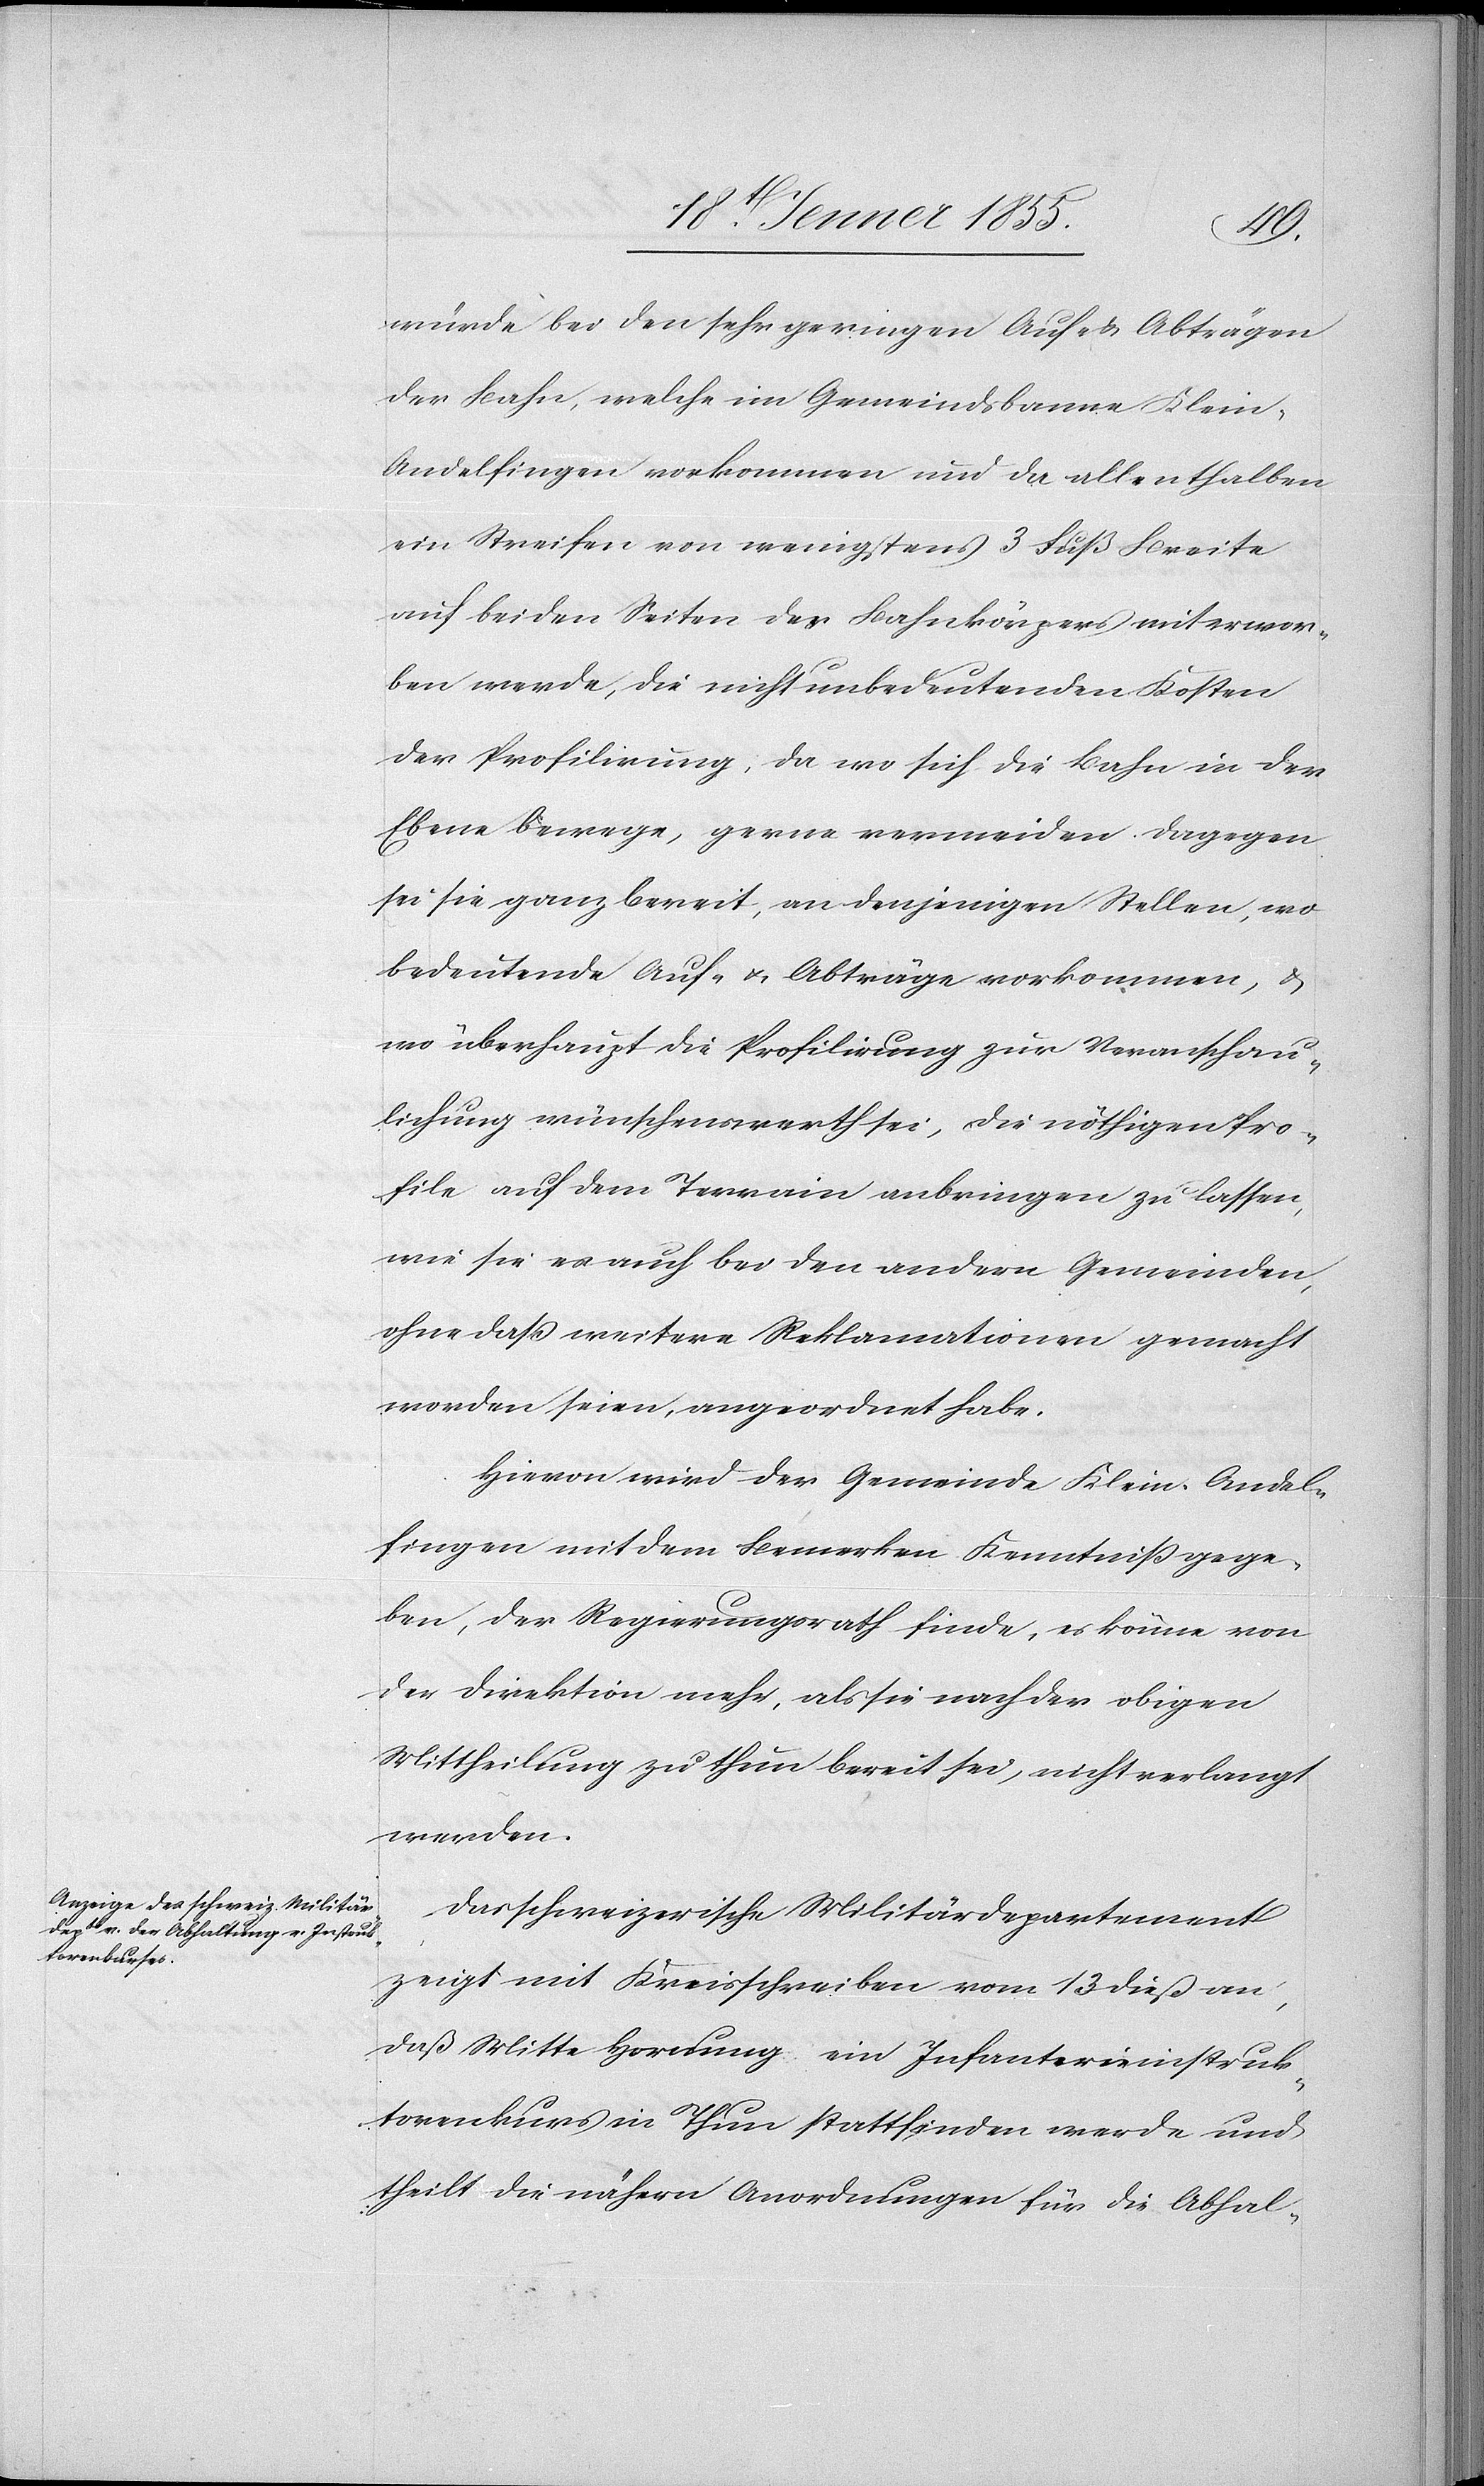
würde bei den sehr geringen Auf- & Abträgen
der Bahn, welche im Gemeindsbanne Klein-A¬
ndelfingen vorkommen und da allenthalben
ein Streifen von wenigstens 3 Fuß Breite
auf beiden Seiten des Bahnkörpers miterwor¬
ben werde, die nicht unbedeutenden Kosten
der Profilirung, da wo sich die Bahn in der
Ebene bewege, gerne vermeiden. Dagegen
sei sie ganz bereit, an denjenigen Stellen, wo
bedeutende Auf- & Abträge vorkommen, &
wo überhaupt die Profilirung zur Veranschau¬
lichung wünschenswerth sei, die nöthigen Pro¬
file auf dem Terrain anbringen zu lassen,
wie sie es auch bei den andern Gemeinden,
ohne daß weitere Reklamationen gemacht
worden seien, angeordnet habe.
Hievon wird der Gemeinde Klein-Andel¬
fingen mit dem Bemerken Kenntniß gege¬
ben, der Regierungsrath finde, es könne von
der Direktion mehr, als sie nach der obigen
Mittheilung zu thun bereit sei, nicht verlangt
werden.
Das schweizerische Militärdepartement
zeigt mit Kreisschreiben vom 13 dieß an,
daß Mitte Hornung ein Infanterieinstruk¬
torenkurs in Thun stattfinden werde und
theilt die nähern Anordnungen für die Abhal-